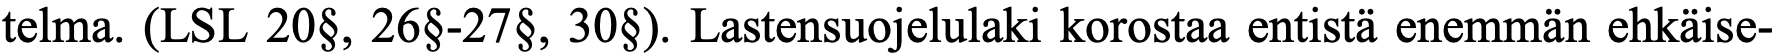
telma. (LSL 20§, 26§-27§, 30§). Lastensuojelulaki korostaa entistä enemmän ehkäise-